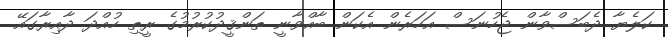
ކަލެޔާ ދެބަސްވާން ޖެހުނަސް އަހަރެން އެކަން ބާއްވާނީ ތަންޤީދުކުރުމުގެ ރީތި ހުއްދަ ދާއިރާގައޭ